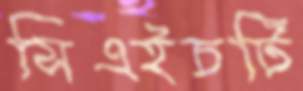
সিএইচটি